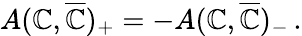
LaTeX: A(\mathbb{C},\overline{{{{\mathbb{C}}}}})_{+}=-A(\mathbb{C},\overline{{{{\mathbb{C}}}}})_{-}\, .